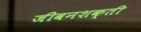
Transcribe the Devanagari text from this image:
जीवनशक्ती